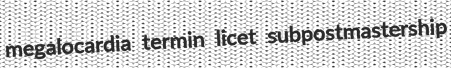
megalocardia termin licet subpostmastership